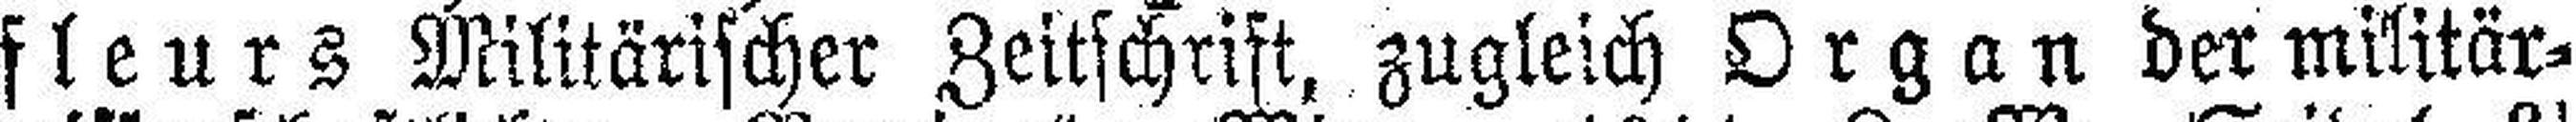
fleurs Militärischer Zeitschrift, zugleich Organ der militär¬